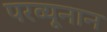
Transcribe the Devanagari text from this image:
परव्यूनान